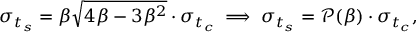
\sigma _ { t _ { s } } = { \beta \sqrt { 4 \beta - 3 \beta ^ { 2 } } } \cdot \sigma _ { t _ { c } } \implies \sigma _ { t _ { s } } = \mathscr { P } ( \beta ) \cdot \sigma _ { t _ { c } } ,